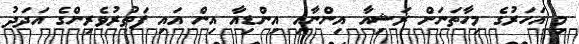
މި އަހަރުގެ މިހާތަނަށް ރަޝިއާ އިންނާއި އިންޑިއާ އިން އައި ފަތުރުވެރިންގެ އަދަދު